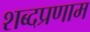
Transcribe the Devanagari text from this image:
शब्दप्रणाम